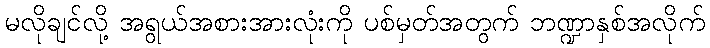
မလိုချင်လို့ အရွယ်အစားအားလုံးကို ပစ်မှတ်အတွက် ဘဏ္ဍာနှစ်အလိုက်